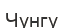
Чунгу